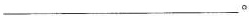
___。